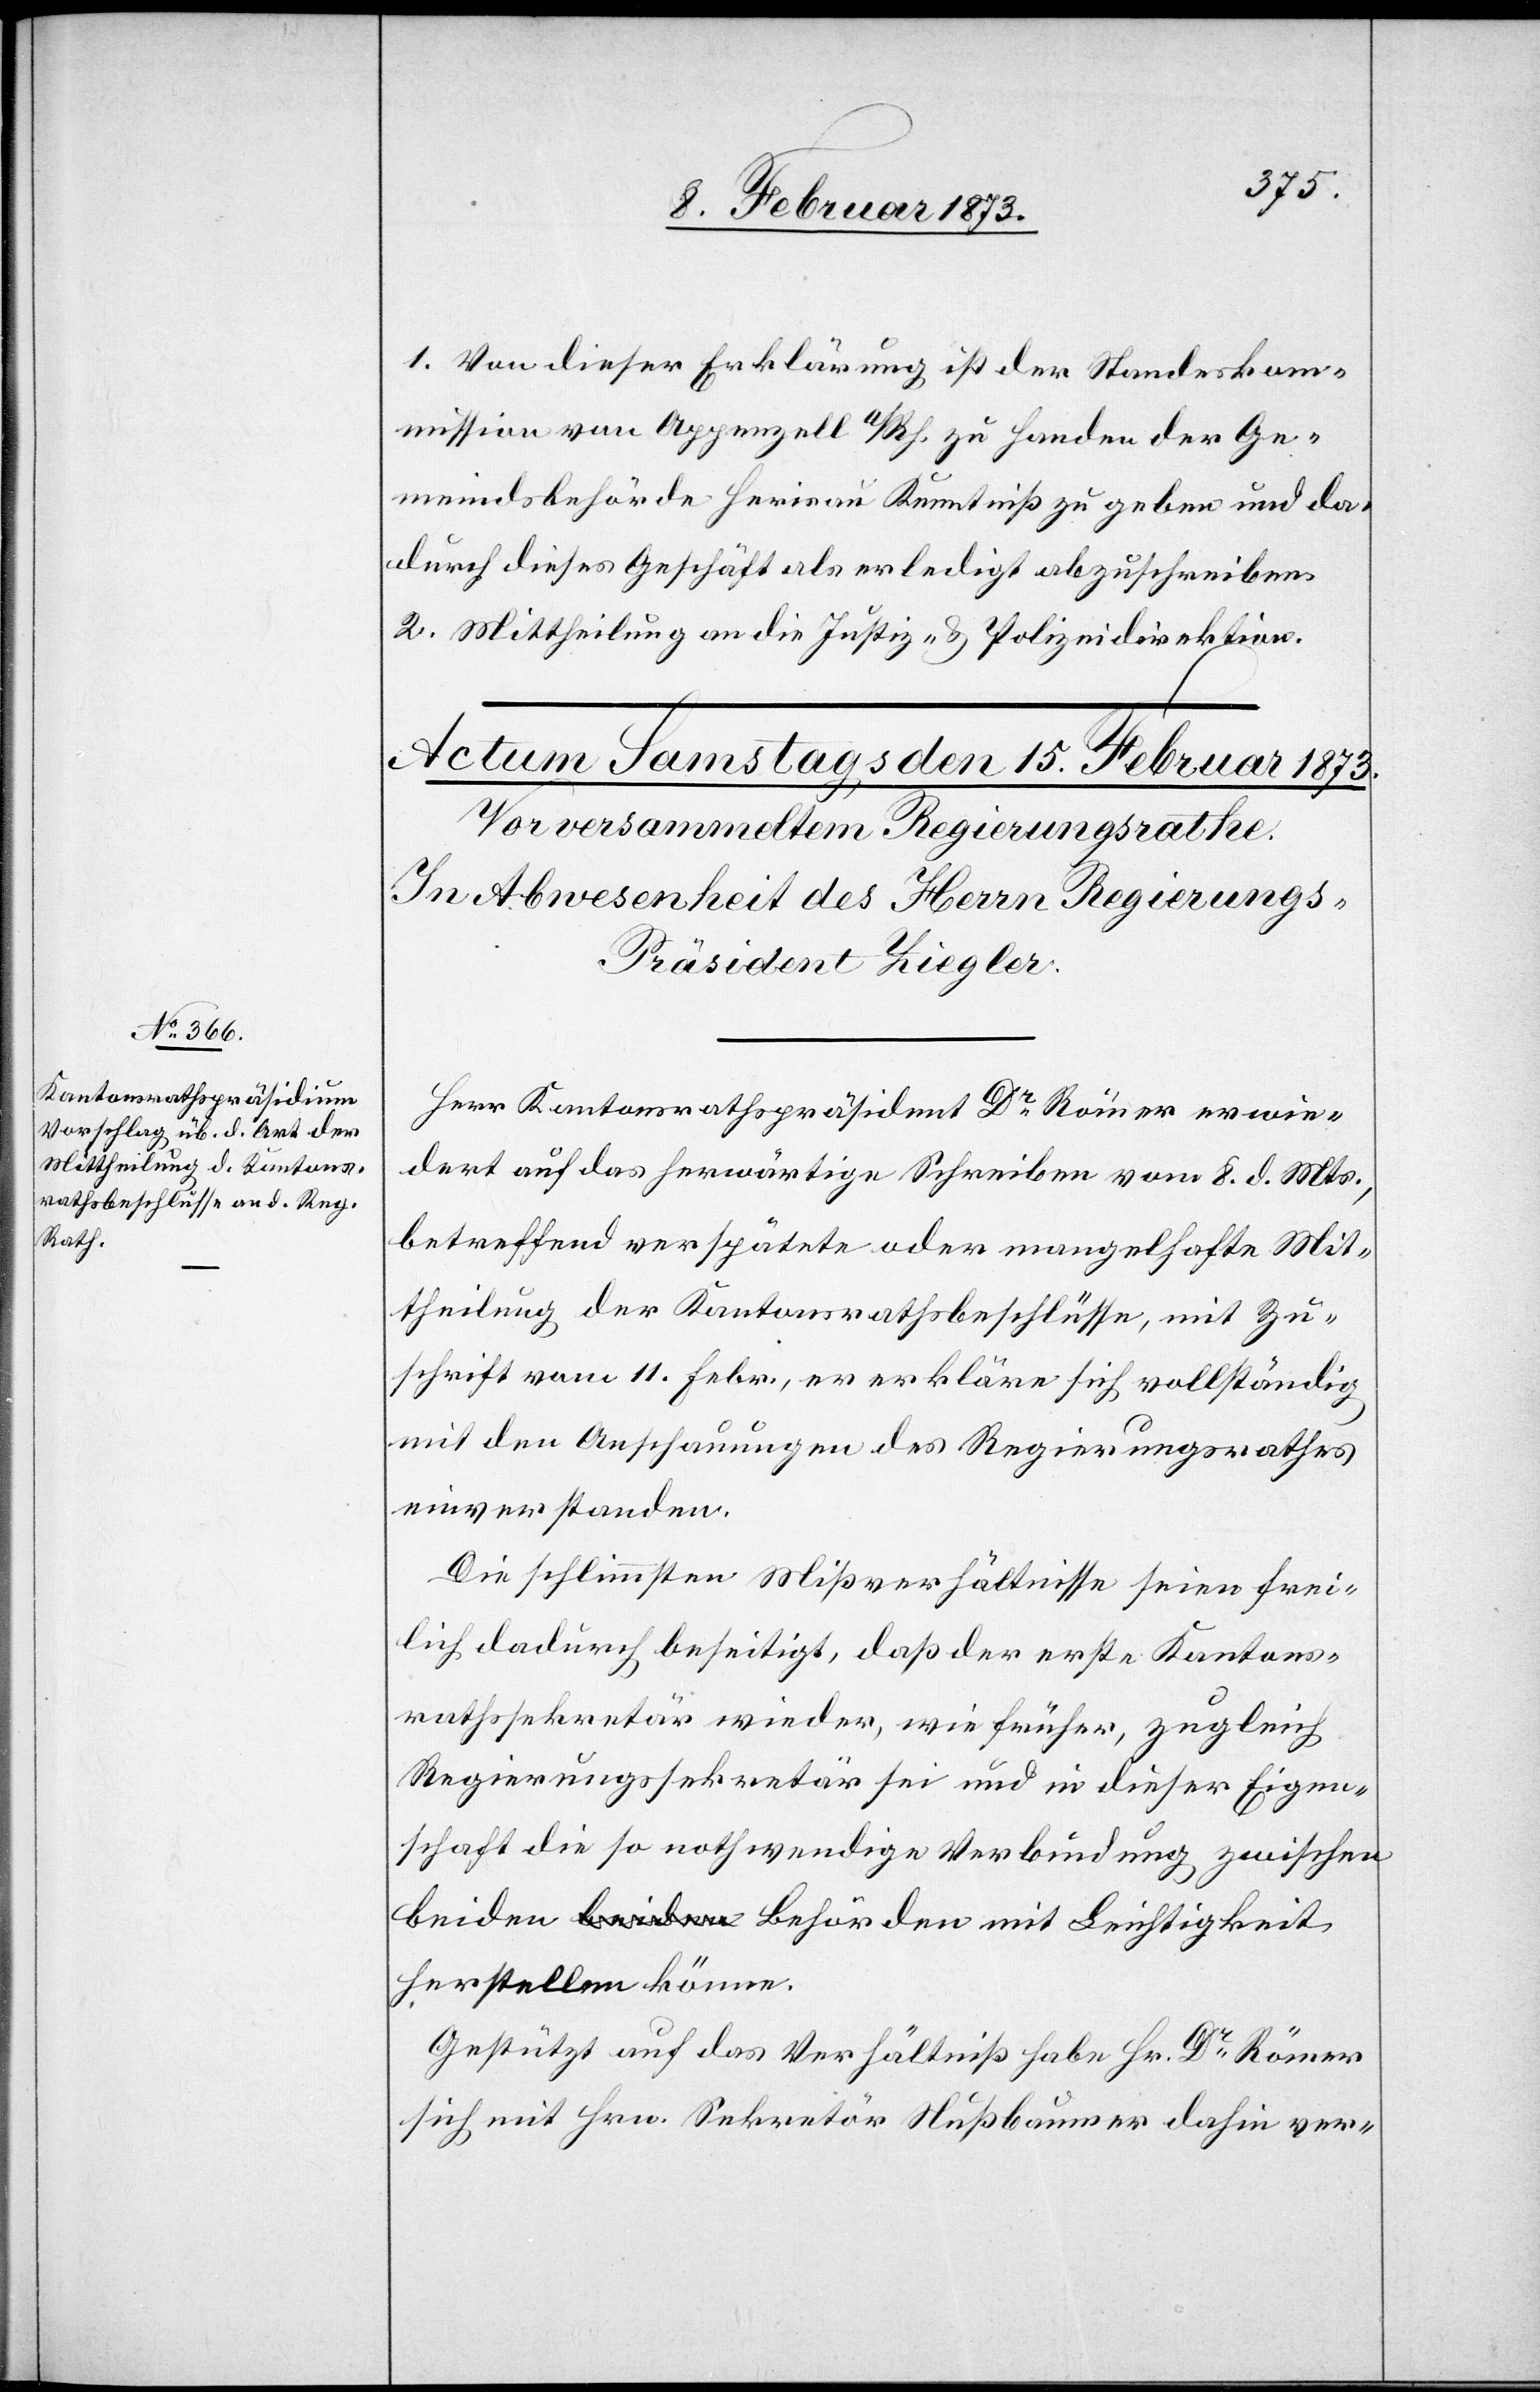
1. Von dieser Erklärung ist der Standeskom¬
mission von Appenzell a/Rh. zu Handen der Ge¬
meindsbehörde Herisau Kenntniß zu geben und da¬
durch dieses Geschäft als erledigt abzuschreiben.
2. Mittheilung an die Justiz- u. Polizeidirektion.
Herr Kantonsrathspräsident Dr Römer erwie¬
dert auf das herwärtige Schreiben vom 8. d. Mts.,
betreffend verspätete oder mangelhafte Mit¬
theilung der Kantonsrathsbeschlüsse, mit Zu¬
schrift vom 11. Febr., er erkläre sich vollständig
mit den Anschauungen des Regierungsrathes
einverstanden.
Die schlimmsten Mißverhältnisse seien frei¬
lich dadurch beseitigt, daß der erste Kantons¬
rathssekretär wieder, wie früher, zugleich
Regierungssekretär sei und in dieser Eigen¬
schaft die so nothwendige Verbindung zwischen
beiden Behörden mit Leichtigkeit
herstellen könne.
Gestützt auf das Verhältniß habe Hr. Dr Römer
sich mit Hrn. Sekretär Nußbaumer dahin ver-